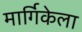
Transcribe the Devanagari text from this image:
मार्गिकेला